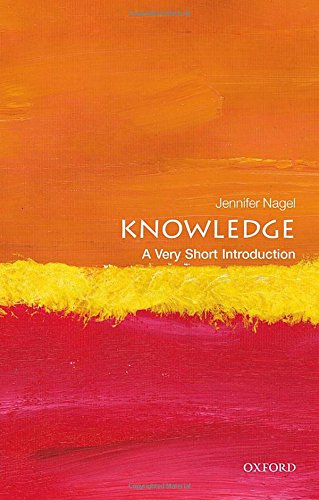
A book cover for Knowledge: A Very Short Introduction (Very Short Introductions); Jennifer Nagel; Politics & Social Sciences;